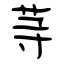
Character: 䒭